Annual report of the Civil Veterinary Department, Bengal, for the year 1897-98 - 1897-1898
Year: 1897
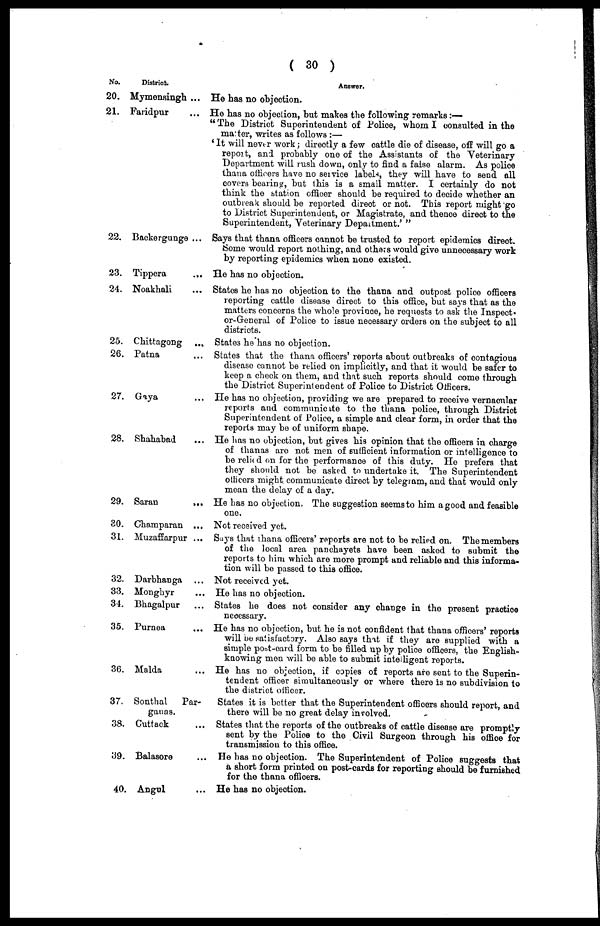
( 30 )
No.
20.
21.
22.
23.
24.
25.
26.
27.
28.
29.
30.
31.
32.
33.
34.
35.
36.
37.
38.
39.
40
District.
Mymensingh
Faridpur
Backergunge
Tippera
Noakhali
Chittagong
Patna
Gaya
Shahabad
Saran
Champaran
Muzaffarpur
Darbhanga
Monghyr
Bhagalpur
Purnea
Malda
...
...
...
...
...
...
...
...
...
...
...
...
...
...
...
...
Sonthal
Par-
ganas.
Cuttack
Balasore
Angul
...
...
...
Answer.
He has no objection.
He has no objection, but makes the following remarks :—
"The District Superintendent of Police, whom I consulted in the
matter, writes as follows :—
'It will never work ; directly a few cattle die of disease, off will go a
report, and probably one of the Assistants of the Veterinary
Department will rush down, only to find a false alarm. As police
thana officers have no service labels, they will have to send all
covers bearing, but this is a small matter. I certainly do not
think the station officer should be required to decide whether an
outbreak should be reported direct or not. This report might go
to District Superintendent, or Magistrate, and thence direct to the
Superintendent, Veterinary Department.'"
Says that thana officers cannot be trusted to report epidemics direct.
Some would report nothing, and others would give unnecessary work
by reporting epidemics when none existed.
He has no objection.
States he has no objection to the thana and outpost police officers
reporting cattle disease direct to this office, but says that as the
matters concerns the whole province, he requests to ask the Inspect-
or-Greneral of Police to issue necessary orders on the subject to all
districts.
States he has no objection.
States that the thana officers' reports about outbreaks of contagious
disease cannot be relied on implicitly, and that it would be safer to
keep a check on them, and that such reports should come through
the District Superintendent of Police to District Officers.
He has no objection, providing we are prepared to receive vernacular
reports and communicate to the thana police, through District
Superintendent of Police, a simple and clear form, in order that the
reports may be of uniform shape.
He has no objection, but gives his opinion that the officers in charge
of thanas are not men of sufficient information or intelligence to
be relic d on for the performance of this duty. He prefers that
they should not be asked to undertake it. The Superintendent
officers might communicate direct by telegram, and that would only
mean the delay of a day.
He has no objection. The suggestion seems to him a good and feasible
one.
Not received yet.
Says that thana officers' reports are not to be relied on. The members
of the local area panchayets have been asked to submit the
reports to him which are more prompt and reliable and this informa-
tion will be passed to this office.
Not received yet.
He has no objection.
States he does not consider any change in the present practice
necessary.
He has no objection, but he is not confident that thana officers' reports
will be satisfactory. Also says that if they are supplied with a
simple post-card form to be filled up by police officers, the English-
knowing men will be able to submit intelligent reports.
He has no objection, if copies of reports are sent to the Superin-
tendent officer simultaneously or where there is no subdivision to
the district officer.
States it is better that the Superintendent officers should report, and
there will be no great delay involved.
States that the reports of the outbreaks of cattle disease are promptly
sent by the Police to the Civil Surgeon through his office for
transmission to this office.
He has no objection. The Superintendent of Police suggests that
a short form printed on post-cards for reporting should be furnished
for the thana officers.
He has no objection.